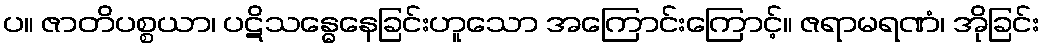
ပ။ ဇာတိပစ္စယာ၊ ပဋိသန္ဓေနေခြင်းဟူသော အကြောင်းကြောင့်။ ဇရာမရဏံ၊ အိုခြင်း